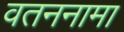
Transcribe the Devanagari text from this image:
वतननामा